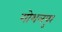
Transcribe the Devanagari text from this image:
गोशलपुर